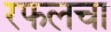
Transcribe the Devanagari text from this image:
रफलचा